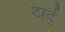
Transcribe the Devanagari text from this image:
टार्टु